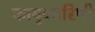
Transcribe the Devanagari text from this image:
कायृकारिणी